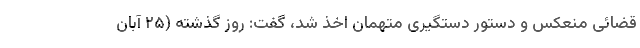
قضائی منعکس و دستور دستگیری متهمان اخذ شد، گفت: روز گذشته (۲۵ آبان